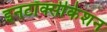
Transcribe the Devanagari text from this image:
इनटॉक्सीकेशन